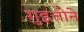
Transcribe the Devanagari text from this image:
गुइत्तोने